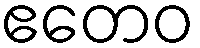
ဧတေဝ